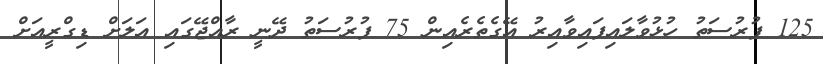
125 ފުރުސަތު ހުޅުވާލައިފައިވާއިރު އޭގެތެރެއިން 75 ފުރުސަތު ދޭނީ ރާއްޖޭގައި އަލަށް ޑިގްރީއަށް